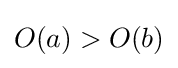
O(a)>O(b)